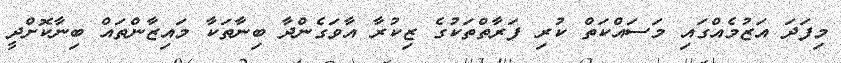
މިފަދަ އަޒުމެއްގައި މަސައްކަތް ކުރި ފަރާތްތަކުގެ ޒިކުރާ އާވަގެންދާ ބިނާތަކާ މައިޒާންތައް ބިނާކޮށްދީ